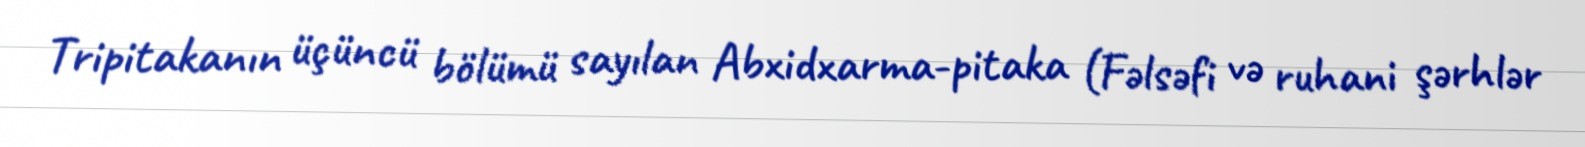
Tripitakanın üçüncü bölümü sayılan Abxidxarma-pitaka (Fəlsəfi və ruhani şərhlər